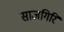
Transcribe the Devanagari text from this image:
साजगिरि